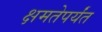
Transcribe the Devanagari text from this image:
क्षमतेपर्यंत